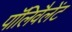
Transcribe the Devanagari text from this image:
पॉलिवैलेंट